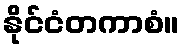
နိုင်ငံတကာစံ။